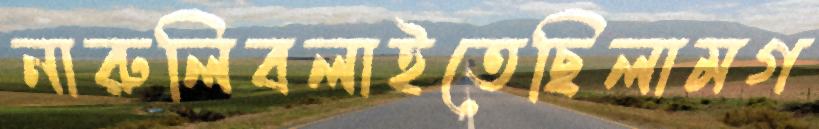
নারুলিবলাইতেছিলামগ